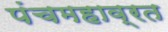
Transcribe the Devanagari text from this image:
पंचमहाव्रत